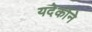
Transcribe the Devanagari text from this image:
यदेकोने